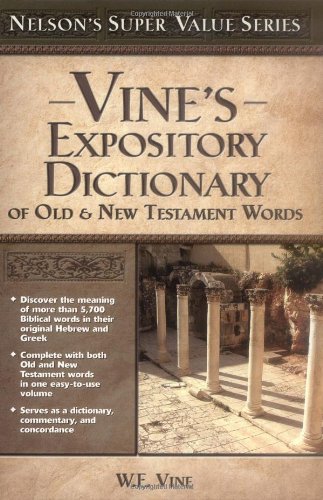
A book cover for Vine's Expository Dictionary of the Old and   New Testament Words (Super Value Series); W. E. Vine; Christian Books & Bibles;